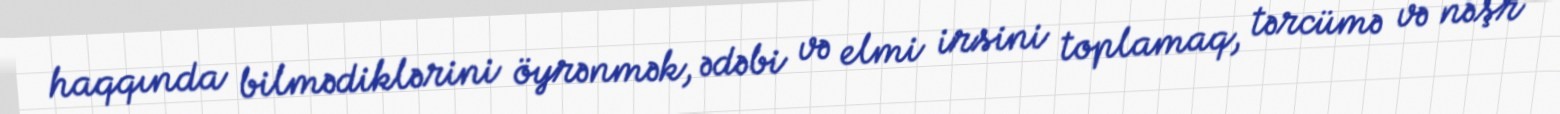
haqqında bilmədiklərini öyrənmək, ədəbi və elmi irsini toplamaq, tərcümə və nəşr